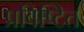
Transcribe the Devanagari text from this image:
प्रविष्टित